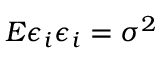
E \epsilon _ { i } \epsilon _ { i } = \sigma ^ { 2 }